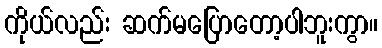
ကိုယ်လည်း ဆက်မပြောတော့ပါဘူးကွာ။